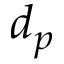
d _ { p }